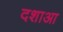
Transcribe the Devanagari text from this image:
दशाआ